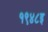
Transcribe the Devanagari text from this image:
१९४८इ